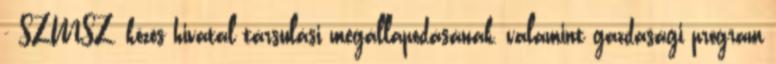
- SZMSZ, közös hivatal társulási megállapodásának, valamint gazdasági program